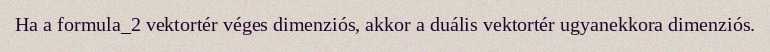
Ha a formula_2 vektortér véges dimenziós, akkor a duális vektortér ugyanekkora dimenziós.